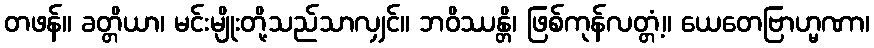
တဖန်။ ခတ္တိယာ၊ မင်းမျိုးတို့သည်သာလျှင်။ ဘဝိဿန္တိ၊ ဖြစ်ကုန်လတ္တံ့။ ယေတေဗြာဟ္မဏာ၊